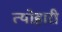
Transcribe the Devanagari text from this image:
त्योहारी